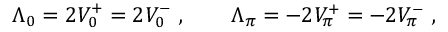
\Lambda _ { 0 } = 2 V _ { 0 } ^ { + } = 2 V _ { 0 } ^ { - } \ , \qquad \Lambda _ { \pi } = - 2 V _ { \pi } ^ { + } = - 2 V _ { \pi } ^ { - } \ ,